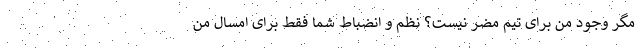
مگر وجود من برای تیم مضر نیست؟ نظم و انضباط شما فقط برای امسال من